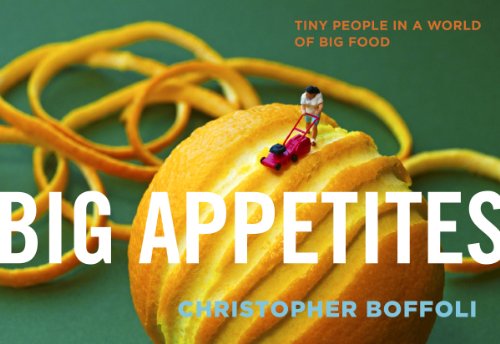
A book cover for Big Appetites: Tiny People in a World of Big Food; Christopher Boffoli; Humor & Entertainment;